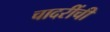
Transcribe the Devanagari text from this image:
चादरींची